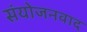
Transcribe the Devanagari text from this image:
संयोजनवाद